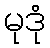
မုဒုံ